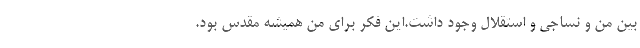
بین من و نساجی و استقلال وجود داشت.این فکر برای من همیشه مقدس بود.